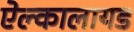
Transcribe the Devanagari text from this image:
ऐल्कालायड